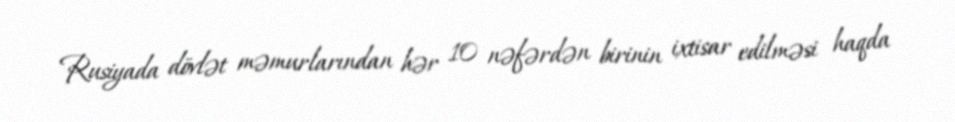
Rusiyada dövlət məmurlarından hər 10 nəfərdən birinin ixtisar edilməsi haqda